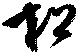
松